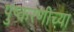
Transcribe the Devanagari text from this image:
पुष्करणीच्या